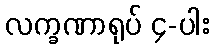
လက္ခဏာရုပ် ၄-ပါး